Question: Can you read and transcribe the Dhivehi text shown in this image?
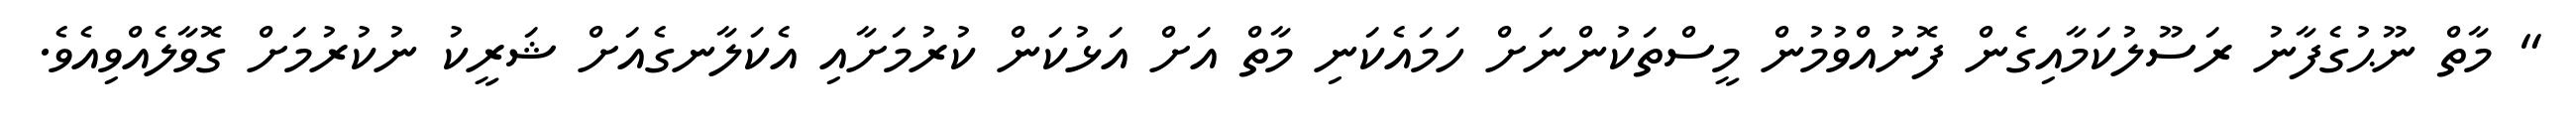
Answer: " މާތް ނޫޙުގެފާނު ރަސޫލުކަމާއިގެން ފޮނުއްވުމުން މީސްތަކުންނަށް ހަމައެކަނި މާތް އަށް އަޅުކަން ކުރުމަށާއި އެކަލާނގެއަށް ޝަރީކު ނުކުރުމަށް ގޮވާލެއްވިއެވެ.